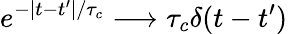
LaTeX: e^{-|t-t^{\prime}|/\tau_{c}}\longrightarrow\tau_{c}\delta(t-t^{\prime})